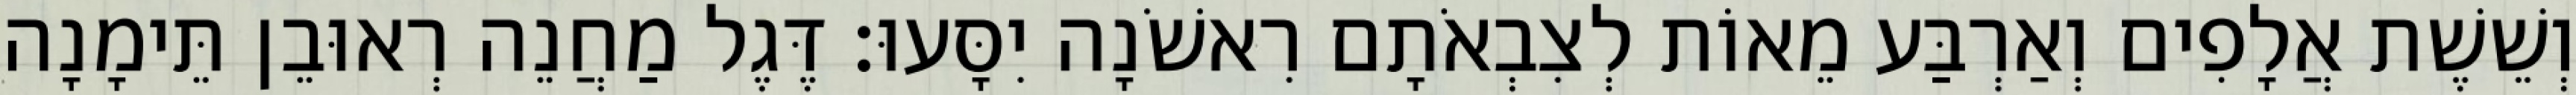
וְשֵׁשֶׁת אֲלָפִים וְאַרְבַּע מֵאוֹת לְצִבְאֹתָם רִאשֹׁנָה יִסָּעוּ׃ דֶּגֶל מַחֲנֵה רְאוּבֵן תֵּימָנָה